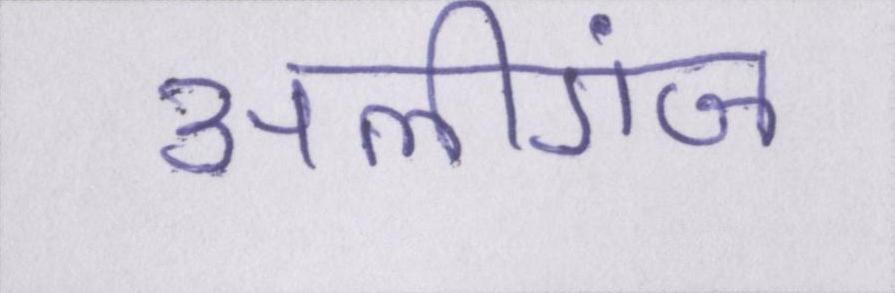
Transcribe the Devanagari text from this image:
अलीगंज